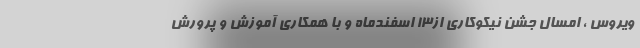
ویروس ، امسال جشن نیکوکاری از۱۳ اسفندماه و با همکاری آموزش و پرورش